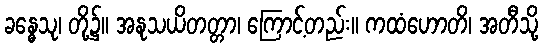
ခန္ဓေသု၊ တို့၌။ အနုသယိတတ္တာ၊ ကြောင့်တည်း။ ကထံဟောတိ၊ အတီသို့